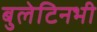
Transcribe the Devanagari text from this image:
बुलेटिनभी